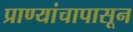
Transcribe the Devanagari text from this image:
प्राण्यांचापासून